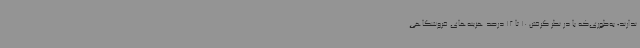
ندارند؛ به‌طوری‌که با در نظر گرفتن 10 تا 12 درصد هزینه‌های فروشگاهی